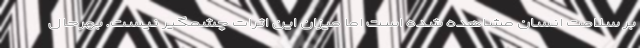
بر سلامت انسان مشاهده شده است اما میزان این اثرات چشمگیر نیست. بهرحال